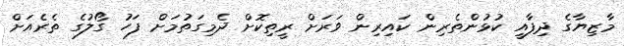
މާޒިޔާގެ ދިފާއީ ކުޅުންތެރިން ކައިރިން ވަރަށް ރީތިކޮށް ދެމިގަތުމަށް ފަހު ގޯލުގެ ތެރެއަށް